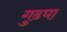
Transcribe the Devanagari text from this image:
गुढघा